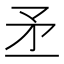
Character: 𥍝